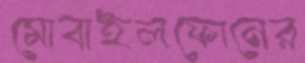
মোবাইলফোনের